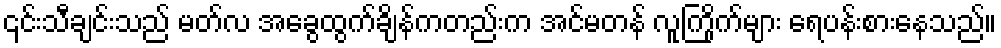
၎င်းသီချင်းသည် မတ်လ အခွေထွက်ချိန်ကတည်းက အင်မတန် လူကြိုက်များ ရေပန်းစားနေသည်။